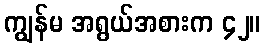
ကျွန်မ အရွယ်အစားက ၄၂။